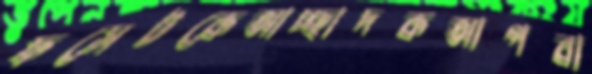
ফসেটকেআচ্ছাদকআপবা